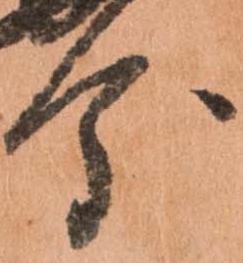
分